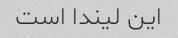
این لیندا است